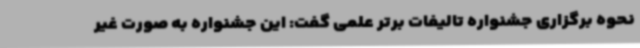
نحوه برگزاری جشنواره تالیفات برتر علمی گفت: این جشنواره به صورت غیر